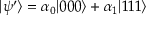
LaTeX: \vert \psi ^ { \prime } \rangle = \alpha _ { 0 } \vert 0 0 0 \rangle + \alpha _ { 1 } \vert 1 1 1 \rangle